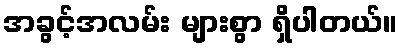
အခွင့်အလမ်း များစွာ ရှိပါတယ်။